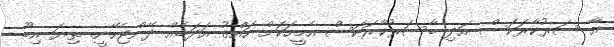
އާ ސަރުކާރަކަސް އަދި ބާސަރުކާރަކަސް އެމީހަކަށް ހައްޤު އަދަބެއް ދޭންޖެހޭނީ. ތިޔަ އިބޫ